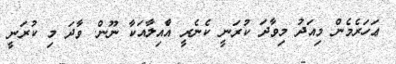
ޢަހަރެމެން މިއަދު މިވާދަ ކުރަނީ ކެނެރީ އާެއިލާއަކާ ނޫން. ވާދަ މި ކުރަނީ